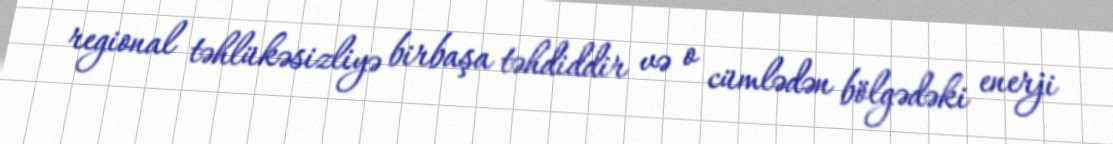
regional təhlükəsizliyə birbaşa təhdiddir və o cümlədən bölgədəki enerji